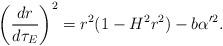
LaTeX: \begin{align*}\left(\frac{dr}{d\tau_E}\right)^2=r^2(1-H^2r^2)-b\alpha'^2.\end{align*}